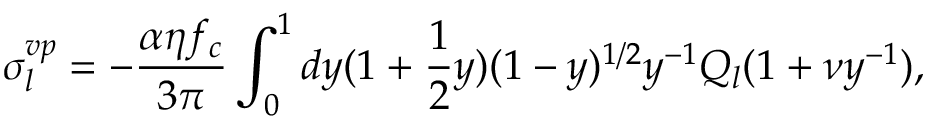
\sigma _ { l } ^ { v p } = - \frac { \alpha \eta f _ { c } } { 3 \pi } \int _ { 0 } ^ { 1 } d y ( 1 + \frac { 1 } { 2 } y ) ( 1 - y ) ^ { 1 / 2 } y ^ { - 1 } Q _ { l } ( 1 + \nu y ^ { - 1 } ) ,